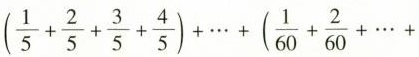
$$ $$(\frac{1}{5}+ \frac{2}{5}+ \frac{3}{5}+ \frac{4}{5})+ \cdots +(\frac{1}{60}+ \frac{2}{60}+ \cdots +……